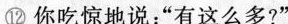
⑫你吃惊地说：“有这么多？”